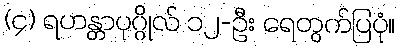
(၄) ရဟန္တာပုဂ္ဂိုလ် ၁၂-ဦး ရေတွက်ပြပုံ။